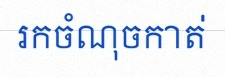
រកចំណុចកាត់